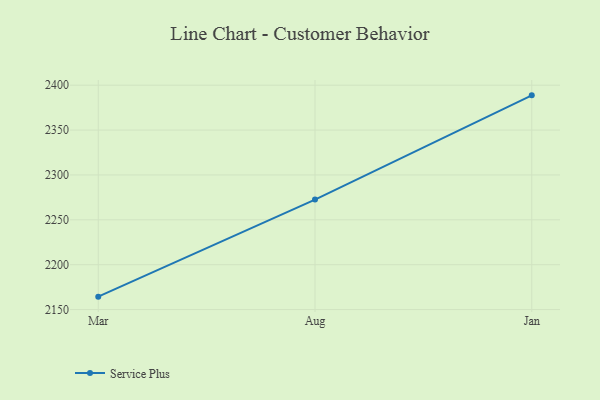
{"axis": {"x": "Month", "y": "Demand Index"}, "legend": ["Service Plus"], "data": [{"x": "Mar", "y": 2164.4, "type": "Service Plus"}, {"x": "Aug", "y": 2272.6, "type": "Service Plus"}, {"x": "Jan", "y": 2388.7, "type": "Service Plus"}]}